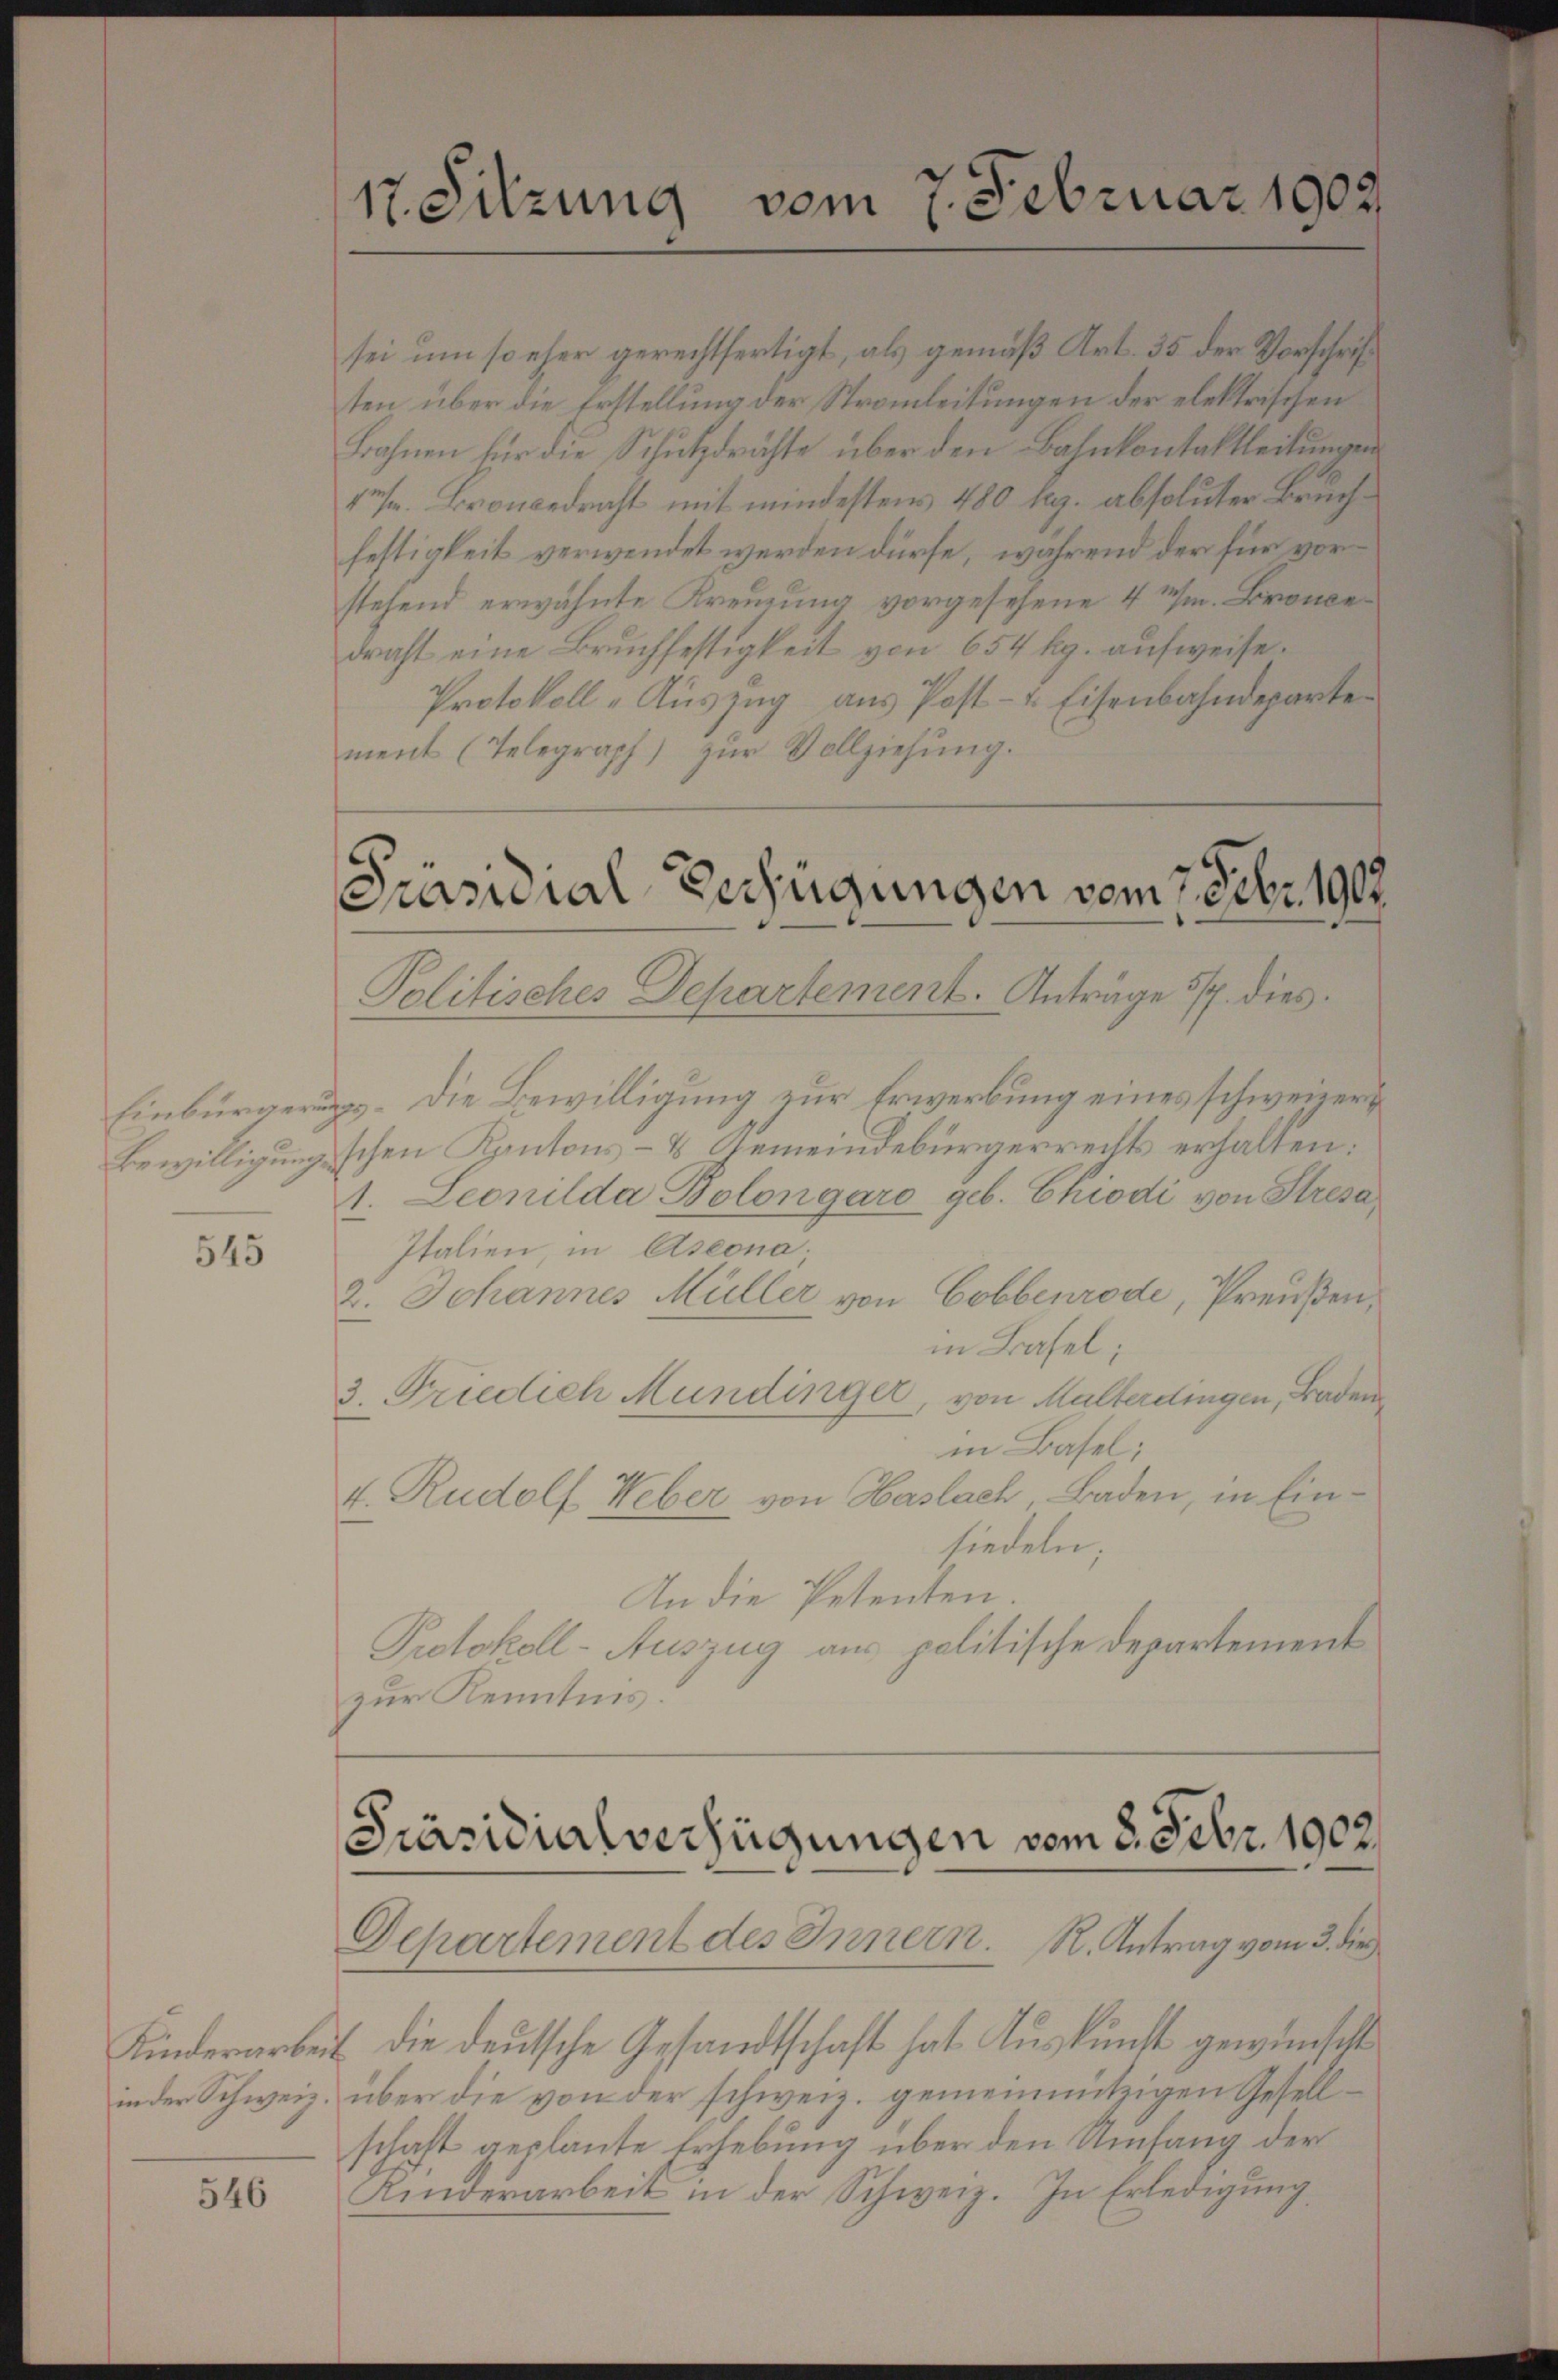
545

in der Schweiz.

546

vom 7. Februar 1902.
17. Sitzung

sei um so eher gerechtfertigt, als gemäß Art. 35 der Vorschriften über die Erstellung der Strauleitungen der elektrischen
Bahnen für die Schutzdrähte über den Bahnkontaktleitungen
res. Broncedracht mit mindestens 480 kg. absoluter Bruch
festigkeit verwendet werden dürfe, während der für vor
stehend erwähnte Kreuzung vorgesehene 4 M. Bronce
draht eine Bruchfestigkeit von 654 kg. aufweise.
Protokoll-Auszug aus Post- u. Eisenbahndeparte
ment (Telegraph) zŭr Vollziehŭng.

Präsidial-Verfügungen vom 7. Febr. 1907.

Politisches Departement. Anträge 5. dies
Einbürgerungs. Die Bewilligung zur Erwerbung eines schweizer¬
Bewilligungsschen Kantons- & Gemeindebürgerrechts erhalten:
1. Leonilda Polongaro geb. Chiodi von Stresa
Italien, in Aseona;
2. Johannes Müller von Cobbenrode, Preußen,
in Basel;
3. Friedich Mundinger, von Malterdingen, Baden
in Basel;
4. Rudolf Weber von Haslach Baden, in Einsiedeln;
An die Petenten.
Protokoll-Auszug aus politische Departement
zur Kenntnis.

Präsidialverfügungen vom 8. Febr. 1902.
Departement des Innern. R. Antrag vom 3. die

Kinderarbeit die deutsche Gesandtschaft hat Auskunft gewünscht
über die von der schweiz. gemeinnützigen Gesellschaft geplante Erhebung über den Umfang der
Kinderarbeit in der Schweiz. In Erledigung